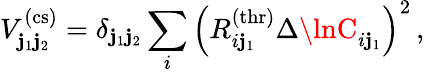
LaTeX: V_{\mathbf{j}_{1}\mathbf{j}_{2}}^{\mathrm{{(cs)}}}=\delta_{\mathbf{j}_{1}\mathbf{j}_{2}}\sum_{i}\left(R_{i\mathbf{j}_{1}}^{\mathrm{{(thr)}}}\Delta\lnC_{i\mathbf{j}_{1}}\right)^{2}\, ,